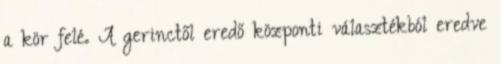
a kör felé. A gerinctől eredő központi választékból eredve